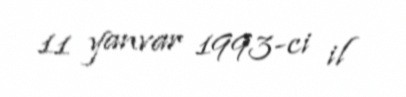
11 yanvar 1993-ci il